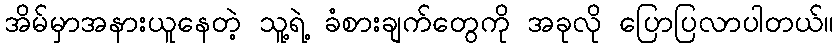
အိမ်မှာအနားယူနေတဲ့ သူ့ရဲ့ ခံစားချက်တွေကို အခုလို ပြောပြလာပါတယ်။